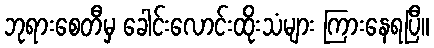
ဘုရားစေတီမှ ခေါင်းလောင်းထိုးသံများ ကြားနေရပြီ။